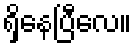
ရှိနေပြီလေ။